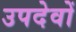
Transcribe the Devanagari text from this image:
उपदेवों